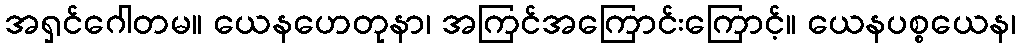
အရှင်ဂေါတမ။ ယေနဟေတုနာ၊ အကြင်အကြောင်းကြောင့်။ ယေနပစ္စယေန၊